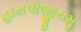
હાયપોજીયમૢ